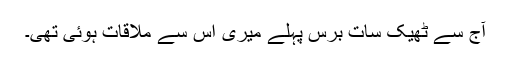
آج سے ٹھیک سات برس پہلے میری اس سے ملاقات ہوئی تھی۔